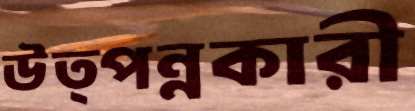
উত্পন্নকারী